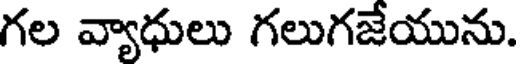
గల వ్యాధులు గలుగజేయును.